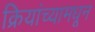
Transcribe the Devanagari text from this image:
क्रियांच्यामधून